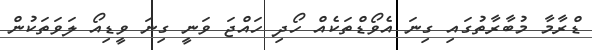
ޑްރާމާ މުބާރާތުގައި ގިނަ އެވޯޑްތަކެއް ހޯދި ހައްޖަ ވަނީ ގިނަ ވީޑިއޯ ލަވަތަކުން